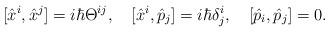
LaTeX: \begin{align*}[\hat x^{i}, \hat x^{j}]=i\hbar \Theta^{ij}, \quad [\hat x^{i}, \hat p_{j}]=i \hbar\delta ^{i} _{j}, \quad [\hat p_{i}, \hat p_{j}]=0.\end{align*}